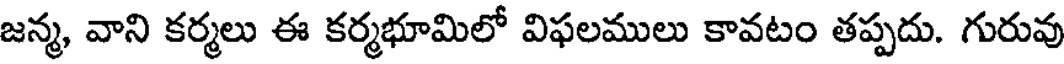
జన్మ, వాని కర్మలు ఈ కర్మభూమిలో విఫలములు కావటం తప్పదు. గురువు